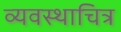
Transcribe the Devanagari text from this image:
व्यवस्थाचित्र